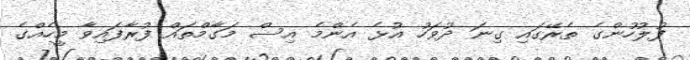
ފުލުހުންގެ ތެރޭގައި ގިނަ ދުވަހު އުޅެ އެންމެ އިސް މަގާމްތައް ފުރާފައިވާ މީހެއްގެ